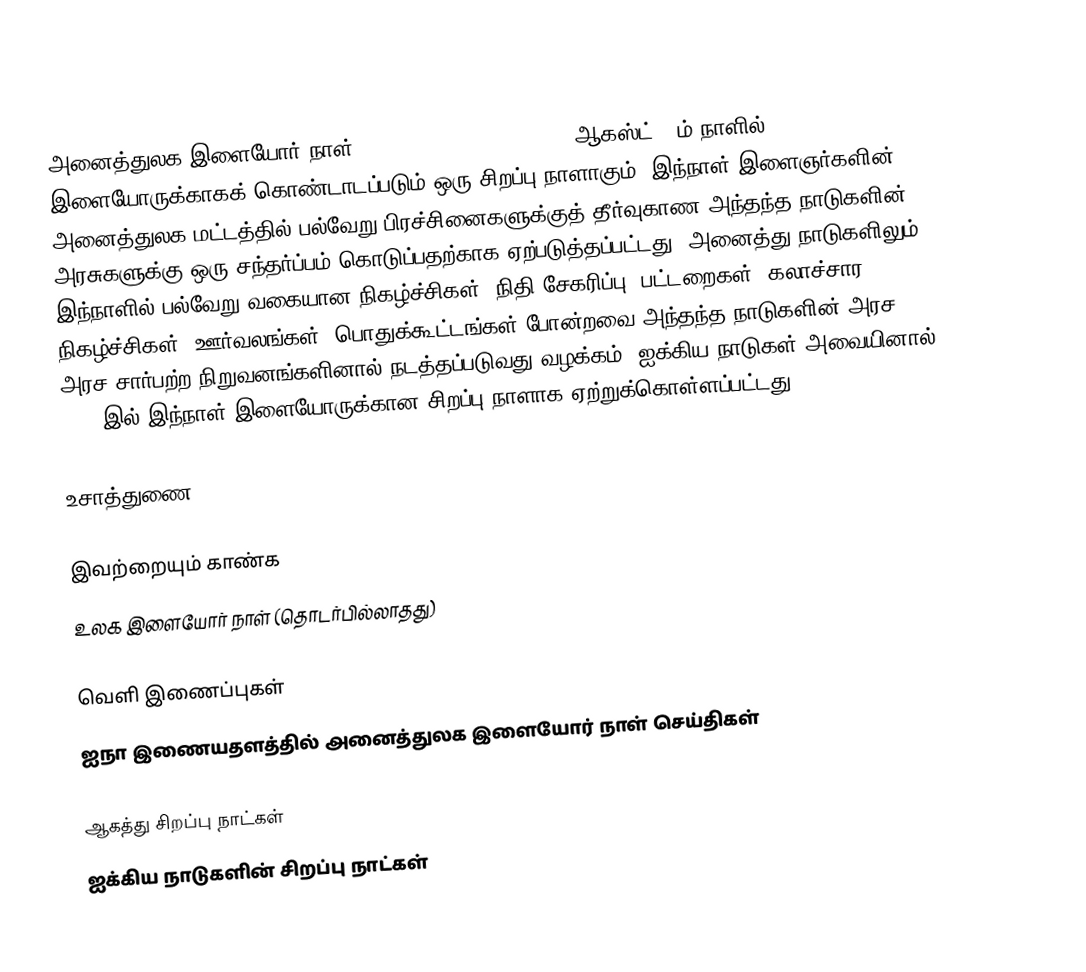
அனைத்துலக இளையோர் நாள் (International Youth Day) ஆகஸ்ட் 12ம் நாளில் இளையோருக்காகக் கொண்டாடப்படும் ஒரு சிறப்பு நாளாகும். இந்நாள் இளைஞர்களின் அனைத்துலக மட்டத்தில் பல்வேறு பிரச்சினைகளுக்குத் தீர்வுகாண அந்தந்த நாடுகளின் அரசுகளுக்கு ஒரு சந்தர்ப்பம் கொடுப்பதற்காக ஏற்படுத்தப்பட்டது. அனைத்து நாடுகளிலும் இந்நாளில் பல்வேறு வகையான நிகழ்ச்சிகள், நிதி சேகரிப்பு, பட்டறைகள், கலாச்சார நிகழ்ச்சிகள், ஊர்வலங்கள், பொதுக்கூட்டங்கள் போன்றவை அந்தந்த நாடுகளின் அரச, அரச சார்பற்ற நிறுவனங்களினால் நடத்தப்படுவது வழக்கம். ஐக்கிய நாடுகள் அவையினால் 1999 இல் இந்நாள் இளையோருக்கான சிறப்பு நாளாக ஏற்றுக்கொள்ளப்பட்டது.

உசாத்துணை

இவற்றையும் காண்க
உலக இளையோர் நாள் (தொடர்பில்லாதது)

வெளி இணைப்புகள்
 ஐநா இணையதளத்தில் அனைத்துலக இளையோர் நாள் செய்திகள்

ஆகத்து சிறப்பு நாட்கள்
ஐக்கிய நாடுகளின் சிறப்பு நாட்கள்